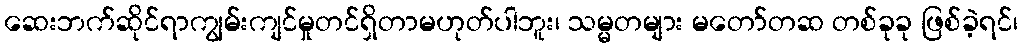
ဆေးဘက်ဆိုင်ရာကျွမ်းကျင်မှုတင်ရှိတာမဟုတ်ပါဘူး၊ သမ္မတများ မတော်တဆ တစ်ခုခု ဖြစ်ခဲ့ရင်၊